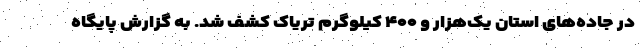
در جاده‌های استان یک‌هزار و ۴۰۰ کیلوگرم تریاک کشف شد. به گزارش پایگاه